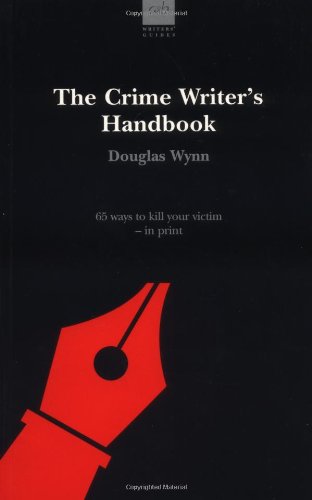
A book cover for The Crime Writer's Handbook (Allison & Busby Writers' Guides); Douglas Wynn; Mystery, Thriller & Suspense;